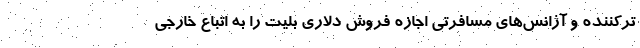
ترکننده و آژانس‌های مسافرتی اجازه فروش دلاری بلیت را به اتباع خارجی